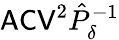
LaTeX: \mathsf{ACV}^{2}\hat{P}_{\delta}^{-1}